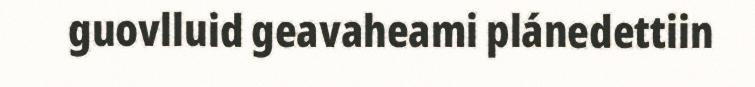
guovlluid geavaheami plánedettiin